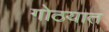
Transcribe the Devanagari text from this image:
गोठयात